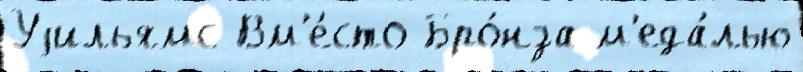
Уjильямс Вм'е́сто Бро́нза м'еда́лью